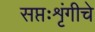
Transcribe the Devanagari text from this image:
सप्तःशृंगीचे